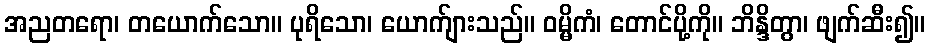
အညတရော၊ တယောက်သော။ ပုရိသော၊ ယောက်ျားသည်။ ဝမ္မိကံ၊ တောင်ပို့ကို။ ဘိန္ဒိတွာ၊ ဖျက်ဆီး၍။